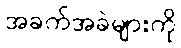
အခက်အခဲများကို